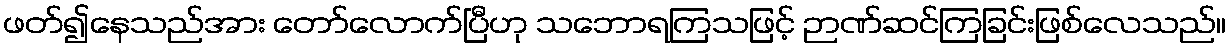
ဖတ်၍နေသည်အား တော်လောက်ပြီဟု သဘောရကြသဖြင့် ဉာဏ်ဆင်ကြခြင်းဖြစ်လေသည်။